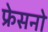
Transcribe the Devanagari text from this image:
फ्रेसनो